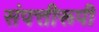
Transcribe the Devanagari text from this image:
संपत्तीरूपी